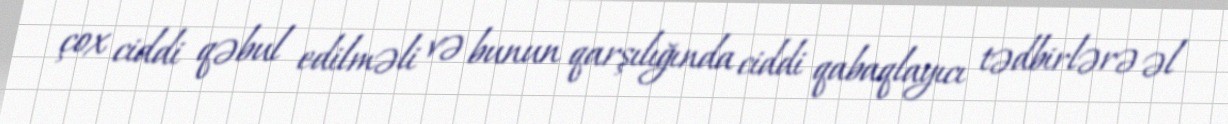
çox ciddi qəbul edilməli və bunun qarşılığında ciddi qabaqlayıcı tədbirlərə əl